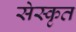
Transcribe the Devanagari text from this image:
सेस्कृत